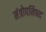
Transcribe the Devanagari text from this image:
मंत्रोपनिषद